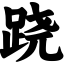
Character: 跷